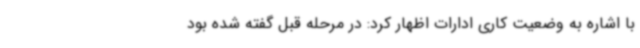
با اشاره به وضعیت کاری ادارات اظهار کرد: در مرحله قبل گفته شده بود